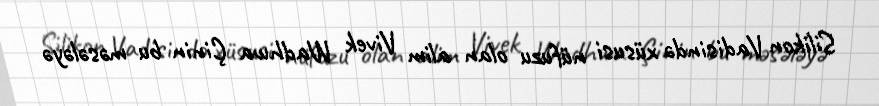
Silikon Vadisində xüsusi nüfuzu olan alim Vivek Wadhwa Çinin bu məsələyə